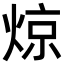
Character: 𬊣